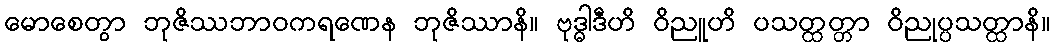
မောစေတွာ ဘုဇိဿဘာဝကရဏေန ဘုဇိဿာနိ။ ဗုဒ္ဓါဒီဟိ ဝိညူဟိ ပသတ္ထတ္တာ ဝိညုပ္ပသတ္ထာနိ။